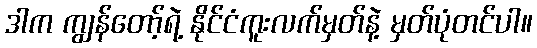
ဒါက ကျွန်တော့်ရဲ့ နိုင်ငံကူးလက်မှတ်နဲ့ မှတ်ပုံတင်ပါ။